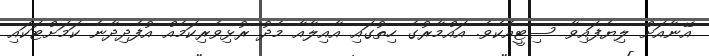
އޭނާއަށް ލިޔެފައިވާ ސިޓީއެކެވެ. އައްމާރުގެ ހިތުގައި އާއިލާއާ މެދު ރުޅިވެރިކަމެއް އުފެދިދާނެ ކަމަށްޓަކައި